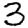
Digit: 3